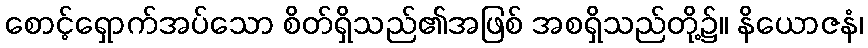
စောင့်ရှောက်အပ်သော စိတ်ရှိသည်၏အဖြစ် အစရှိသည်တို့၌။ နိယောဇနံ၊